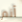
أنم